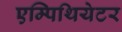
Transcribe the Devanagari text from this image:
एम्पिथियेटर